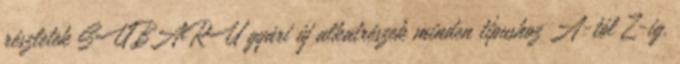
részletek SUBARU gyári új alkatrészek minden típushoz A-tól Z-ig.